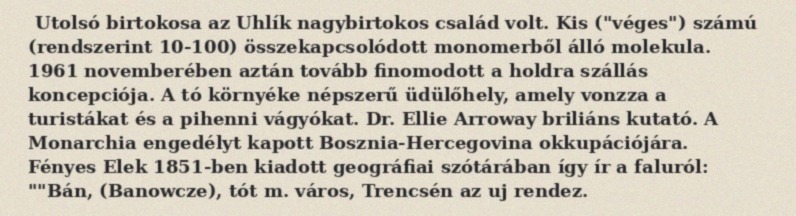
Utolsó birtokosa az Uhlík nagybirtokos család volt. Kis ("véges") számú (rendszerint 10-100) összekapcsolódott monomerből álló molekula. 1961 novemberében aztán tovább finomodott a holdra szállás koncepciója. A tó környéke népszerű üdülőhely, amely vonzza a turistákat és a pihenni vágyókat. Dr. Ellie Arroway briliáns kutató. A Monarchia engedélyt kapott Bosznia-Hercegovina okkupációjára. Fényes Elek 1851-ben kiadott geográfiai szótárában így ír a faluról: ""Bán, (Banowcze), tót m. város, Trencsén az uj rendez.